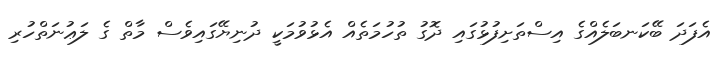
އެފަދަ ބޭކަނބަލެއްގެ އިސްތަށިފުޅުގައި ދޮގު ތުހުމަތެއް އެޅުވުމަކީ ދުނިޔޭގައިވެސް މާތް ގެ ލަޢުނަތްހުރި